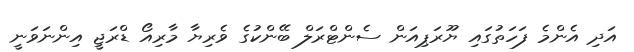
އަދި އެންމެ ފަހަތުގައި ޔޫރަޕިއަން ސެންޓްރަލް ބޭންކުގެ ވެރިޔާ މާރިއޯ ޑްރަޖީ އިންނަވަނީ